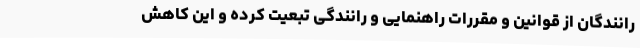
رانندگان از قوانین و مقررات راهنمایی و رانندگی تبعیت کرده و این کاهش